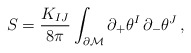
\begin{align*}S =\frac{K_{IJ}}{8\pi}\int_{\partial\cal M}\partial_+\theta^I\,\partial_{-}\theta^J\, ,\end{align*}